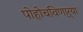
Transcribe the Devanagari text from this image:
पोहोचविणा्र्‍या